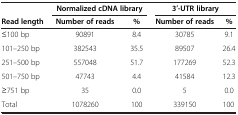
|  | <COLSPAN=2> Normalized cDNA library | <COLSPAN=2> 3′-UTR library |
 | Read length | Number of reads | % | Number of reads | % |
 | --- | --- | --- | --- | --- |
 | ≤100 bp | 90891 | 8.4 | 30785 | 9.1 |
 | 101–250 bp | 382543 | 35.5 | 89507 | 26.4 |
 | 251–500 bp | 557048 | 51.7 | 177269 | 52.3 |
 | 501–750 bp | 47743 | 4.4 | 41584 | 12.3 |
 | ≥751 bp | 35 | 0.0 | 5 | 0.0 |
 | Total | 1078260 | 100 | 339150 | 100 |